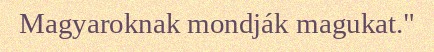
Magyaroknak mondják magukat."